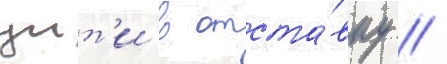
уит'и в отста́вку //